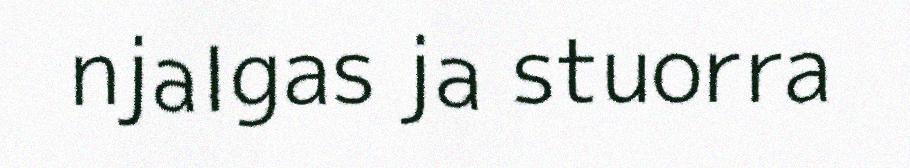
njalgas ja stuorra